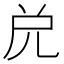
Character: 𠒁